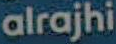
alrajhi